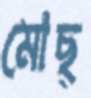
মোছ্‌